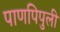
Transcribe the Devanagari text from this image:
पाणपिपुली